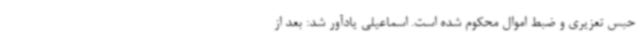
حبس تعزیری و ضبط اموال محکوم شده است. اسماعیلی یادآور شد: بعد از